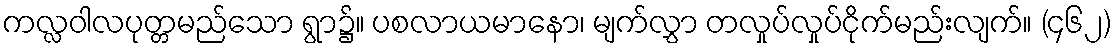
ကလ္လဝါလပုတ္တမည်သော ရွာ၌။ ပစလာယမာနော၊ မျက်လွှာ တလှုပ်လှုပ်ငိုက်မည်းလျက်။ (၄၆၂)